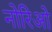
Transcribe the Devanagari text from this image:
नोरिओ